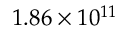
1 . 8 6 \times 1 0 ^ { 1 1 }